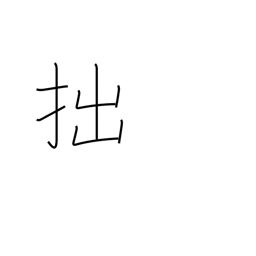
Meaning: unskillful